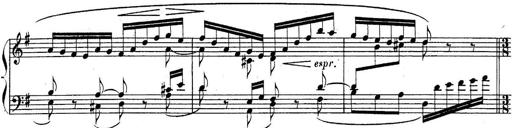
Title: Sonatina for Piano
Composer: BÃ©la BartÃ³k